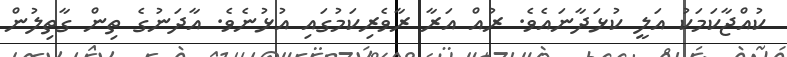
ކުއްޖާކަމަކު އަލީ ކުޅަދާނައެވެ. ރުއް އަރާ ރާވެރިކަމުގައި އުޅުނެވެ. އާދަނުގެ ތިން ގާތިލުން